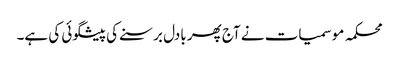
محکمہ موسمیات نے آج پھر بادل برسنے کی پیشگوئی کی ہے۔